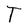
Character: T